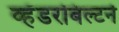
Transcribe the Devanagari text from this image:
व्हँडरबिल्टने